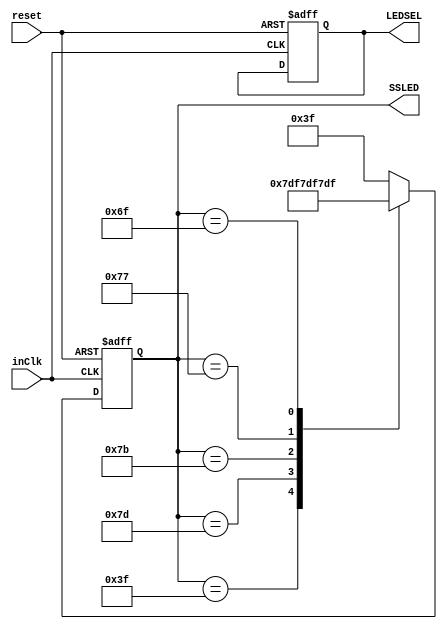
module LEDRotator (SSLED, LEDSEL, inClk, reset);

	output reg [6:0] SSLED;
	output reg [3:0] LEDSEL;
	input inClk, reset;
	
	always @(posedge inClk or posedge reset) begin
		if (reset) begin
			SSLED = 7'b1110111;									// Reset --> D
			LEDSEL = 3'b0111;										// LED1 = ON, LED2 = OFF, LED3 = OFF, LED4 = OFF
		end
		else begin
			case (SSLED)
				7'b0111111: SSLED = 7'b1111101;				// A --> F
				7'b1111101: SSLED = 7'b1111011;				// F --> E
				7'b1111011: SSLED = 7'b1110111;				// E --> D
				7'b1110111: SSLED = 7'b1101111;				// D --> C
				7'b1101111: SSLED = 7'b1011111;				// C --> B
				7'b1011111: SSLED = 7'b0111111;				// B --> A
				default: SSLED = 7'b0111111;					// Any Arbitrary State goes to a valid State
			endcase
		end
	end

endmodule